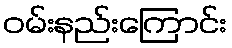
ဝမ်းနည်းကြောင်း